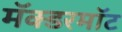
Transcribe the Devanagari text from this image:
मॅक्डरमॉट